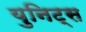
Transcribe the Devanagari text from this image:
युनिट्स